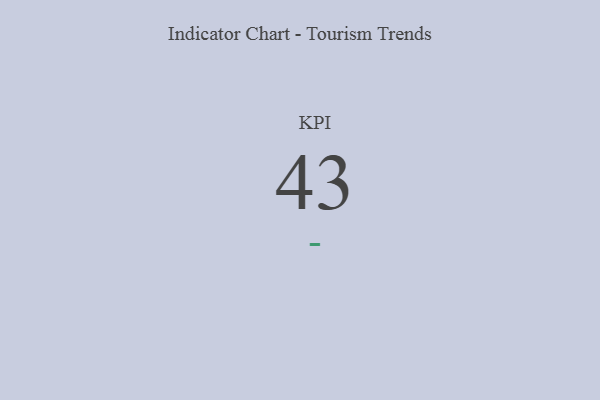
{"axis": {"x": "KPI", "y": "Value"}, "legend": [""], "data": [{"x": "KPI", "y": 43, "type": ""}]}